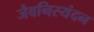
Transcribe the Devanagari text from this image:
जैवनिस्यंदन